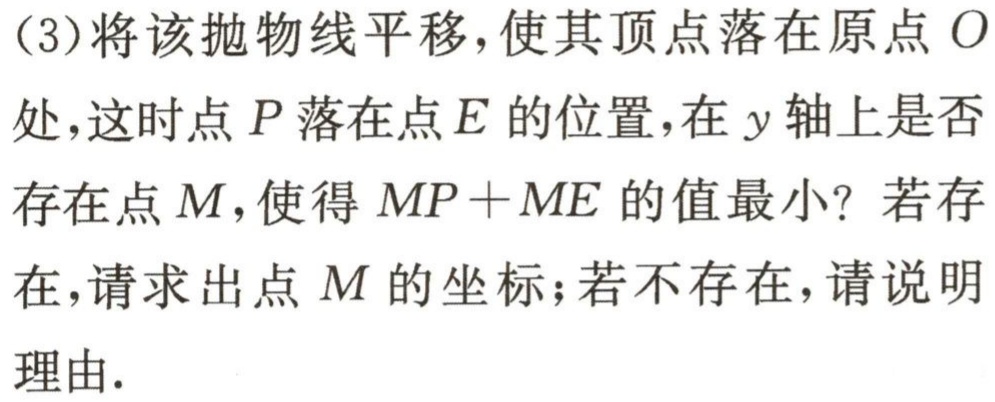
(3)将该抛物线平移，使其顶点落在原点\(O\)处，这时点\(P\)落在点\(E\)的位置，在\(y\)轴上是否存在点\(M\)，使得\(MP + ME\)的值最小？若存在，请求出点\(M\)的坐标；若不存在，请说明理由.